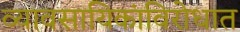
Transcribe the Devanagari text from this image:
व्यावसायिकांविरोधात